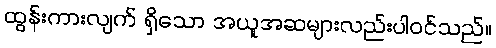
ထွန်းကားလျက် ရှိသော အယူအဆများလည်းပါဝင်သည်။